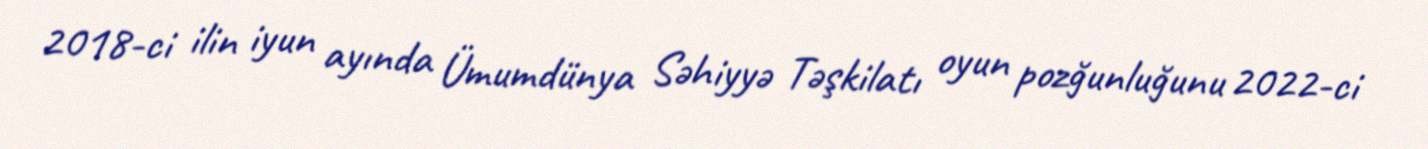
2018-ci ilin iyun ayında Ümumdünya Səhiyyə Təşkilatı oyun pozğunluğunu 2022-ci